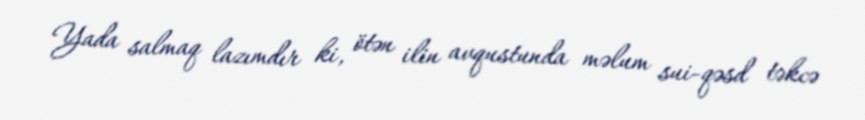
Yada salmaq lazımdır ki, ötən ilin avqustunda məlum sui-qəsd təkcə